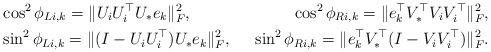
LaTeX: \begin{align*}&\cos^2 \phi_{Li, k} = \Vert U_i U_i^{\top} U_* e_k \Vert_F^2, &\cos^2 \phi_{Ri, k} = \Vert e_k^{\top} V_*^{\top} V_i V_i^{\top}\Vert_F^2,\\&\sin^2 \phi_{Li, k} = \Vert (I-U_i U_i^{\top}) U_* e_k \Vert_F^2,&\sin^2 \phi_{Ri, k} = \Vert e_k^{\top} V_*^{\top} (I-V_i V_i^{\top}) \Vert_F^2.\end{align*}